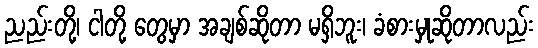
ညည်းတို့၊ ငါတို့ တွေမှာ အချစ်ဆိုတာ မရှိဘူး၊ ခံစားမှုဆိုတာလည်း